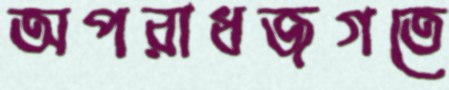
অপরাধজগতে